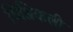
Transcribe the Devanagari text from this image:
थिल्लिकली